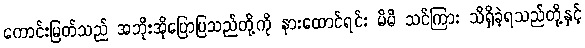
ကောင်းမြတ်သည် အဘိုးအိုပြောပြသည်တို့ကို နားထောင်ရင်း မိမိ သင်ကြား သိရှိခဲ့ရသည်တို့နှင့်